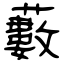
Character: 藪